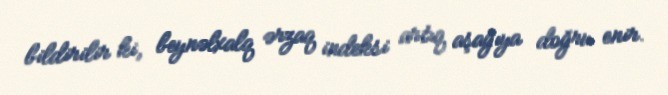
bildirilir ki, beynəlxalq ərzaq indeksi artıq aşağıya doğru enir.